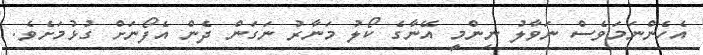
އެހެންނަމަވެސް ނަވާލު ނިންމީ އޭނާގެ ކޯލު މަނާރު ނަގަން ދެން އެފޯނަށް ގުޅުމަށެވެ.